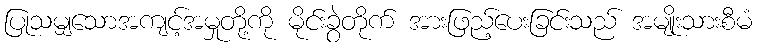
ပြုသမျှသောအကျင့်အမှုတို့ကို မိုင်းခွဲတိုက် အားဖြည့်ပေးခြင်းသည် အမျိုးသားစီမံ